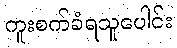
ကူးစက်ခံရသူပေါင်း